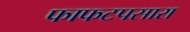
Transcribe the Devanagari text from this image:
फाफटपसारा